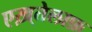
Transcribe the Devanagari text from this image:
एख़्तेलाफ़